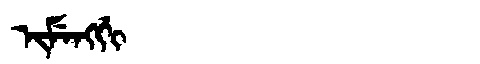
Manchu: ᡳᠮᡝᠩᡤᡳ
Romanization: IMENGGI